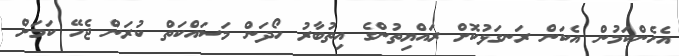
އެހެންކަމުން އެކަން ރަނގަޅުކޮށް ރައްޔިތުންގެ އިތުބާރު ހޯދަން މަސައްކަތް ކުރަން ޖެހޭ ކަމަށް